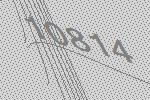
10814